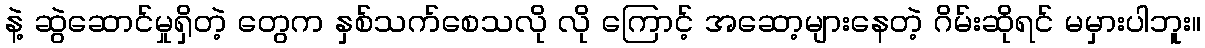
နဲ့ ဆွဲဆောင်မှုရှိတဲ့ တွေက နှစ်သက်စေသလို လို ကြောင့် အဆော့များနေတဲ့ ဂိမ်းဆိုရင် မမှားပါဘူး။